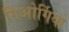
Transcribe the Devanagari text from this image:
गिओर्गियो